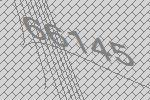
66145